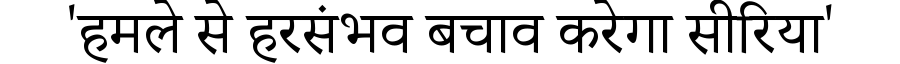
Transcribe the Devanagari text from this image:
'हमले से हरसंभव बचाव करेगा सीरिया'